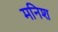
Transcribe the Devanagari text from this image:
मनिश